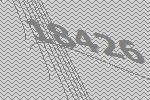
18426